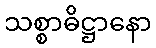
သစ္စာဓိဋ္ဌာနော